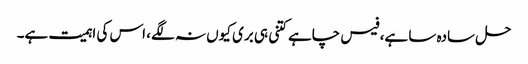
حل سادہ سا ہے، فیس چاہے کتنی ہی بری کیوں نہ لگے، اس کی اہمیت ہے۔